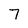
Character: 7